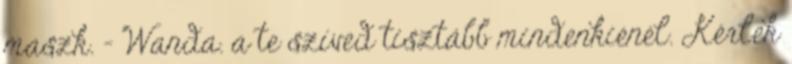
maszk. - Wanda. a te szíved tisztább mindenkiénél. Kérlek